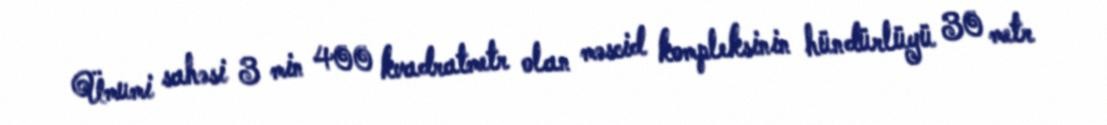
Ümumi sahəsi 3 min 400 kvadratmetr olan məscid kompleksinin hündürlüyü 30 metr